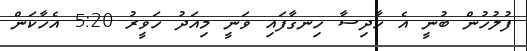
ފުލުހުން ބުނީ އެ ހާދިސާ ހިނގާފައި ވަނީ މިއަދު ހަވީރު 5:20 އެހާކަން